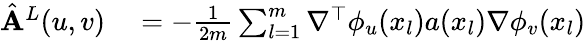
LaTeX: \begin{array}{rl}{\hat{\mathbf{A}}^{L}(u,v)}&{{}=-\frac{1}{2m}\sum_{l=1}^{m}\nabla^{\top}\phi_{u}(x_{l})a(x_{l})\nabla\phi_{v}(x_{l})}\end{array}